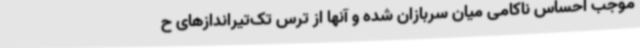
موجب احساس ناکامی میان سربازان شده و آنها از ترس تک‌تیراندازهای ح